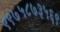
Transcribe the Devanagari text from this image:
९९७५८७३५६९